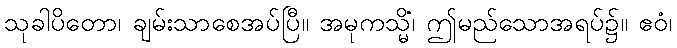
သုခါပိတော၊ ချမ်းသာစေအပ်ပြီ။ အမုကသ္မိံ၊ ဤမည်သောအရပ်၌။ ဧဝံ၊